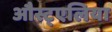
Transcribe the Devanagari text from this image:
औस्ट्एलिया